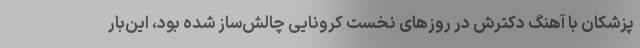
پزشکان با آهنگ دکترش در روزهای نخست کرونایی چالش‌ساز شده بود، این‌بار